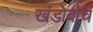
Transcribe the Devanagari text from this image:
खंडोबाचं